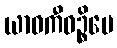
ယာဝကီဝဉ္စိမေ